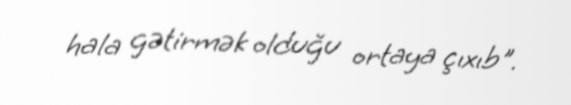
hala gətirmək olduğu ortaya çıxıb".